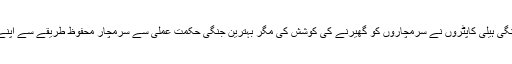
قافلے کی سیکورٹی میں شامل جنگی ہیلی کاپٹروں نے سرمچاروں کو گھیرنے کی کوشش کی مگر بہترین جنگی حکمت عملی سے سرمچار محفوظ طریقے سے اپنے محفوظ ٹھکانوں میں پہنچ گئے۔